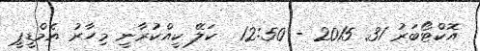
އޮކްޓޯބަރު 31